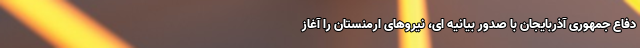
دفاع جمهوری آذربایجان با صدور بیانیه ای، نیروهای ارمنستان را آغاز